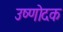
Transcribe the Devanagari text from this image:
उष्णोदक